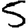
Digit: 5